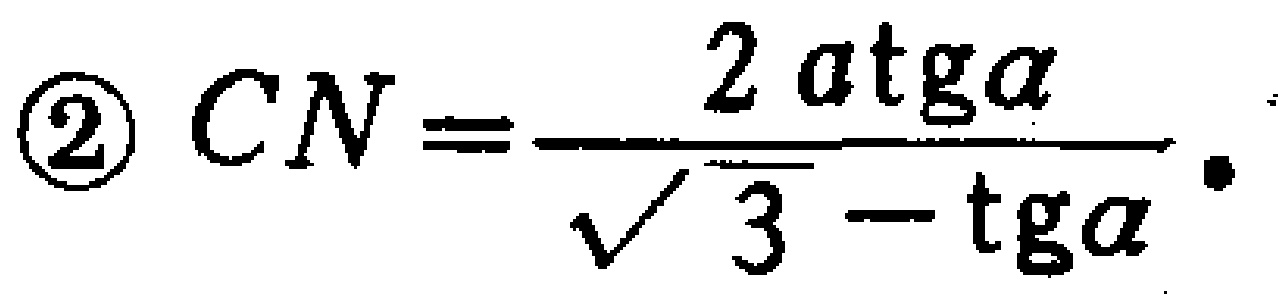
\textcircled{2} \(CN=\frac{2a\mathrm{tg}\alpha}{\sqrt{3}-\mathrm{tg}\alpha} \)